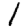
Digit: 1